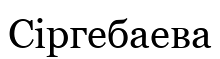
Сіргебаева